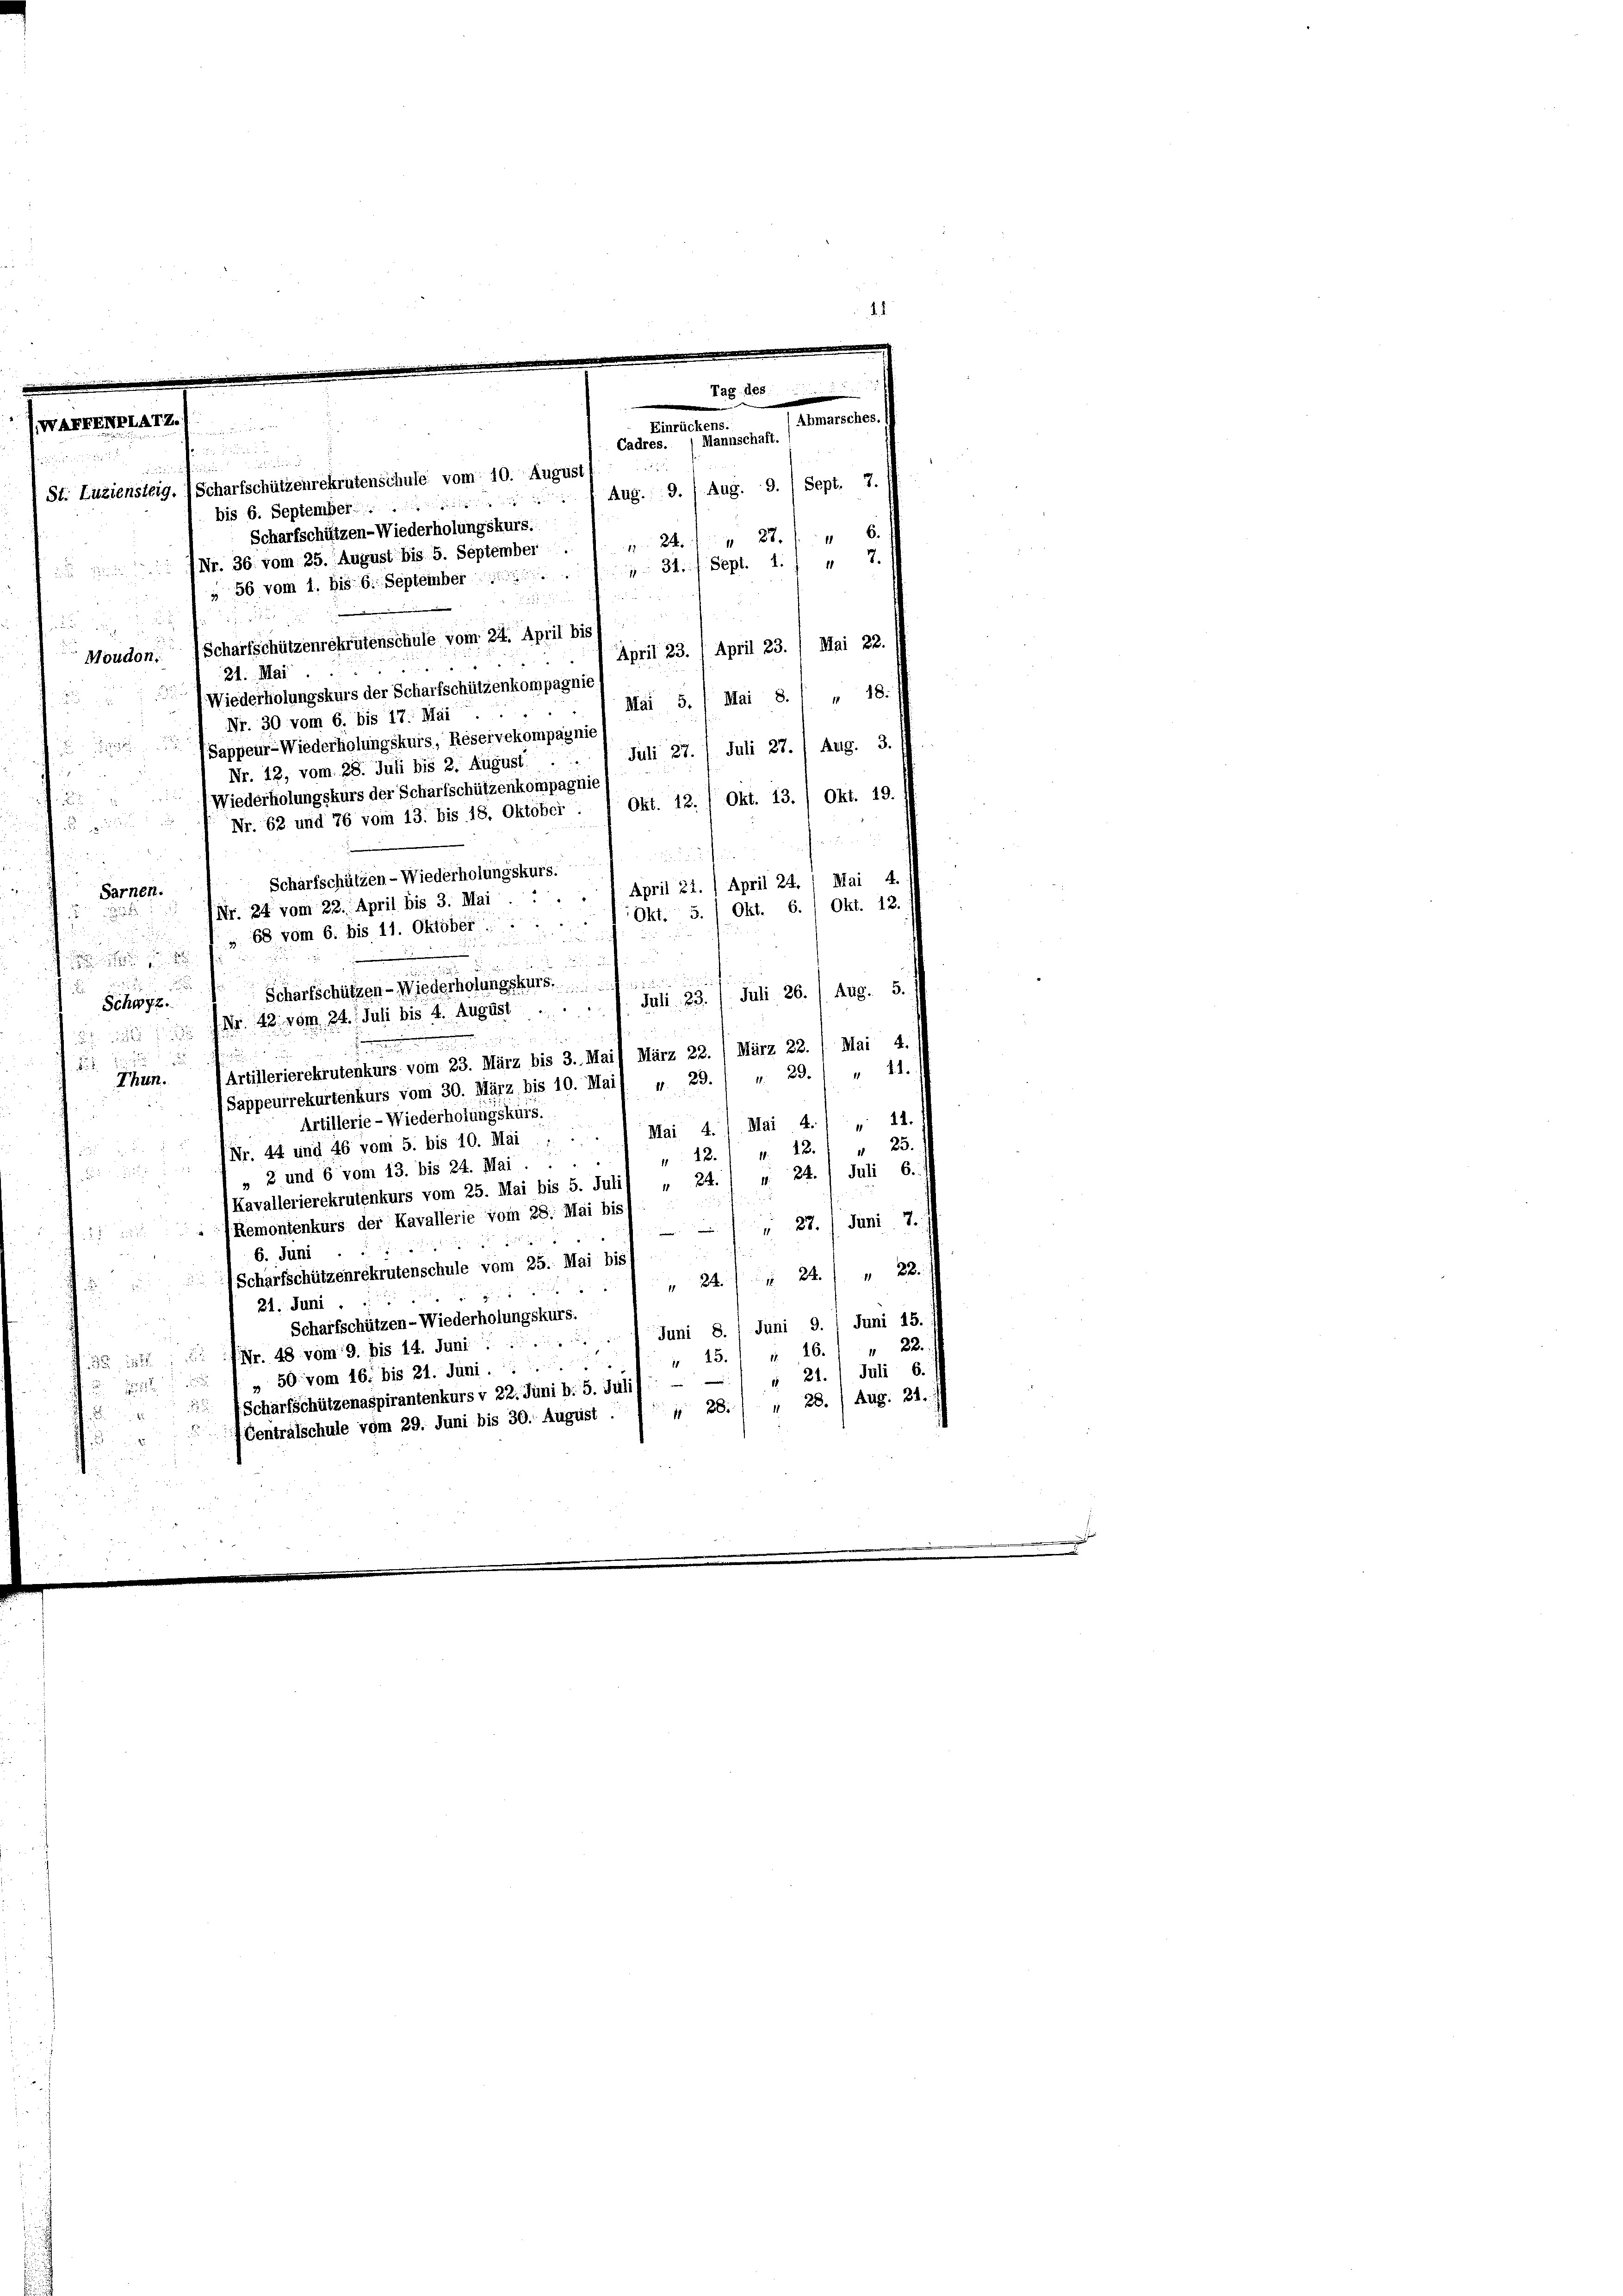
St. Luziensteig.) Scharfschützenrekrutenschule vom 10. August
bis 6. September
 Nr. 36 vom 25. August bis 5. September

Moudon Scharfschützenrekrutenschule vom 24. April bis
21. Mai

VI.

Scharfschützen-Wiederholungskurs.

Mai 5./ Mai 8. „ „ 18.
Nr. 12, vom 28. Juli bis 2. August . . 1 Juli 27. / Juli 27. / Aug. 3.
12
Nr. 62 und 76 vom 13. bis 18. Oktober : 1 Okt. 12. / Okt. 13. , Okt. 19.

Mai 4.
Sarnen.
Okt. 12.
Okt. 6.
Okt. 5.
2

u
Scharfschützen - Wiederholungskurs.   23 Juli 26. Aug. 5.
Schwyz.
 Nr. 42. vom 24. Juli bis 4. August
Mai 4.
März 22.
Ju
.

Artillerierekrutenkurs vom 23. März bis 3. Mai) März 22.
Thun.
(Sappeurrekurtenkurs vom 30. März, bis 10. Mai) „ 29.) " 29. 1 " 11.
.
Artillerie - Wiederholungskurs.
Mai 4. 1. Mai 4.) " 11.
(Nr. 44 und 46 vom 5. bis 10. Mai :
 23.

 28.
22
d
» 2 und 6 vom 13. bis 24. Mai.

Kavallerierekrutenkurs vom 25. Mai bis 5. Juli) „ 24. / u. 24. / Juli 6.
(Remontenkurs der Kavallerie vom 28. Mai bis 1
" 27. Juni 7.

6. Juni
Scharfschützenrekrutenschule vom 25. Mai bis
 24. 24 " 22
21. Juni
Scharfschützen- Wiederholungskurs.
Juni 8. 1 Juni 9. / Juni 15.
22.
 Nr. 48 vom 9. bis 14. Juni
 15. 16.
50 vom 16. bis 21. Juni.
 21. Juli 6.
e

Scharfschützenaspirantenkurs v 22. Juni b. 5. Juli)
(Centralschule vom 29. Juni bis 30. August . . . 28.) " 28. / Aug. 31./

s

u

56 vom 1. Bis 6. September
Wiederholungskurs der Scharfschützenkompagnie
44
Nr. 30 vom 6. bis 17. Mai
Sappeur-Wiederholungskurs, Reservekompagnie
 Wiederholungskurs der Scharfschützenkompagnie
Scharfschützen - Wiederholungskurs.
(Nr. 24 vom 22. April bis 3. Mai . . . . 1 April 21. / April 24.
§ 68 vom 6. bis 11. Oktober
e

Tag des
.
Abmarsches. (
Einrückens.
Cadres. ) Mannschaft.
Aug. 9. / Aug. 9. Sept. 7.
 24. 87 f
.
1 31. f. Sept. 1.

April 23. / April 23. Mai 22.